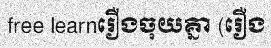
free learnរឿងចុយគ្នា (រឿង